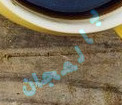
بالمجان